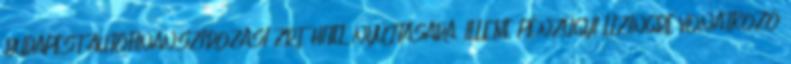
BUDAPEST AUTÓFINANSZÍROZÁSI ZRT. HITEL NYÚJTÁSÁRA, ILLETVE PÉNZÜGYI LÍZINGRE VONATKOZÓ